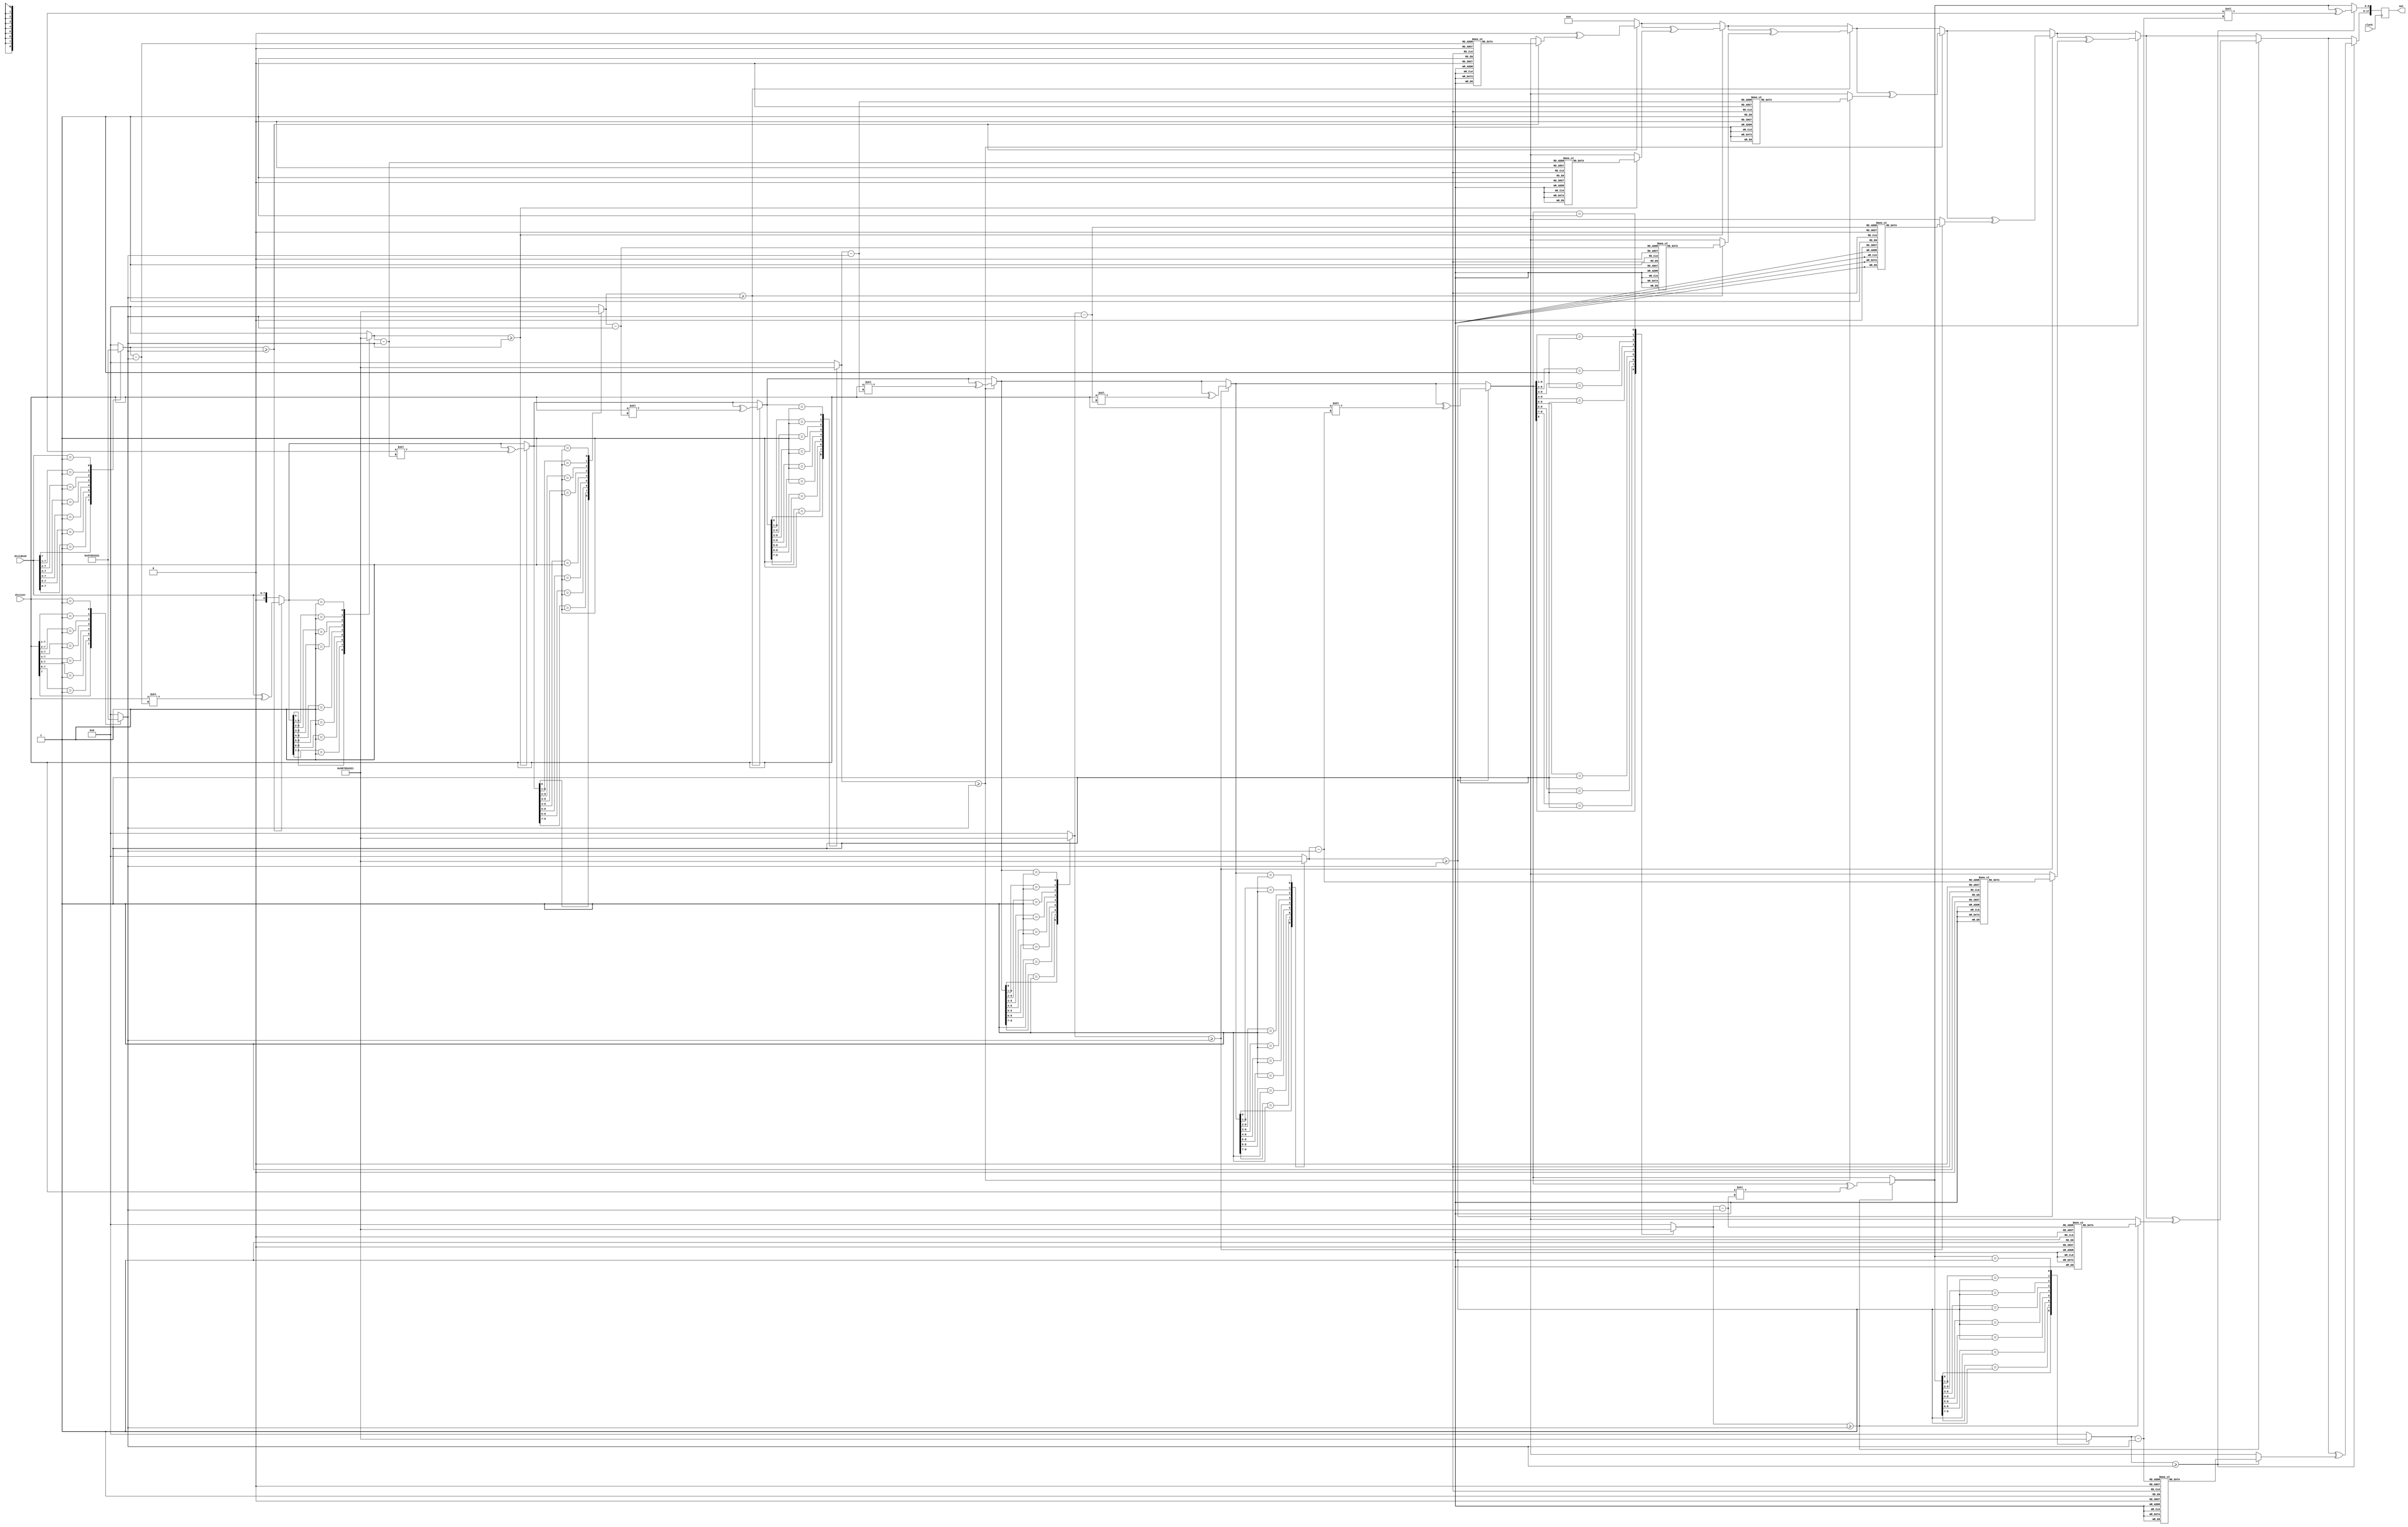
///////////////////////////////////////////////////////////////////////////////////////////////////
// Company: <Name>
//
// File history:
//      <Revision number>: <Date>: <Comments>
//      <Revision number>: <Date>: <Comments>
//      <Revision number>: <Date>: <Comments>
//
// Description: 
//
// <Description here>
//
// Targeted device: <Family::Fusion> <Die::M1AFS1500> <Package::484 FBGA>
//
/////////////////////////////////////////////////////////////////////////////////////////////////// 

`timescale 1ns / 1ps

module ffamuldivinv(
 input              clock,
 input      [7:0]   dividend,
 input      [7:0]   divisor,
 output reg [17:0]   out );

 always @(posedge clock)
 begin
 	out = finitefieldarth_div(dividend, divisor);
 end
     
 // Division operation: Results both Quotient[17:9] & Remainder[8:0] in same register
 function [17:0] finitefieldarth_div;  
    input [8:0] operdA;	// Dividend
    input [8:0] operdB;	// Divisor
  
    reg  [8:0] quotient;	// Quotient
    reg  [8:0] remainder;	// Remainder
    reg  [8:0] temp_result;
    reg  [3:0] degA;
    reg  [3:0] degr;
  
    reg  [3:0] div_count;
    reg  [3:0] deg_count;
  
    begin
        quotient  = 8'h0;	// Initialize the quotient
        remainder = operdA;	// Set remainder to be the dividend
   
        for(div_count = 0; div_count < 8 ; div_count = div_count + 1)           // Logic generated for upto 8 cycles
        begin                                                                   // Considering the worst operation
            deg_count = (polytoleadterm(remainder) - polytoleadterm(operdB));	// Get your degree count
            if(polytoleadterm(remainder) >= polytoleadterm(operdB))             // Checking whether rem > divisor
            begin
                temp_result  = leadtermtopoly(deg_count);						// Temporary result is the polynomial of the degree count
                quotient     = quotient ^ temp_result;
                remainder    = remainder ^ (operdB << deg_count);
            end
            else
            begin
                temp_result  = temp_result;
                quotient     = quotient;
                remainder    = remainder;
            end
        end
        finitefieldarth_div = {quotient, remainder}; // Quotient & Remainder;
    end
 endfunction


 // Function to findout the leading term in the polynomial
 function [3:0] polytoleadterm;  
    input [8:0] operlA;
    begin
        casez (operlA)
            9'b1???????? : polytoleadterm = 4'h9;
            9'b01??????? : polytoleadterm = 4'h8;
            9'b001?????? : polytoleadterm = 4'h7;
            9'b0001????? : polytoleadterm = 4'h6;
            9'b00001???? : polytoleadterm = 4'h5;
            9'b000001??? : polytoleadterm = 4'h4;
            9'b0000001?? : polytoleadterm = 4'h3;
            9'b00000001? : polytoleadterm = 4'h2;
            9'b000000001 : polytoleadterm = 4'h1;
            default      : polytoleadterm = 4'h0;
        endcase
    end
 endfunction
 
 // Function to derive polynomial from leading term.
 function [8:0] leadtermtopoly;
    input [3:0] operlA;
    begin
        case (operlA)
            4'h8 : leadtermtopoly = 9'b100000000;
            4'h7 : leadtermtopoly = 9'b010000000;
            4'h6 : leadtermtopoly = 9'b001000000;
            4'h5 : leadtermtopoly = 9'b000100000;
            4'h4 : leadtermtopoly = 9'b000010000;
            4'h3 : leadtermtopoly = 9'b000001000;
            4'h2 : leadtermtopoly = 9'b000000100;
            4'h1 : leadtermtopoly = 9'b000000010;
            4'h0 : leadtermtopoly = 9'b000000001;
            default : leadtermtopoly= 9'b000000000;
        endcase
    end
 endfunction
endmodule